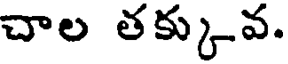
చాల తక్కువ.